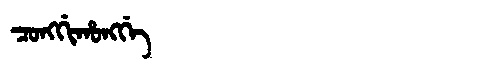
Manchu: ᠴᠣᠩᡤᡳᡥᠣᠩᡤᡝ
Romanization: CONGGIHONGGE